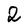
Character: 2